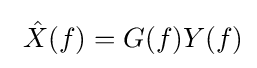
\ {\hat {X}}(f)=G(f)Y(f)